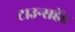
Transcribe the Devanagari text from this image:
टाउन्सहेंड